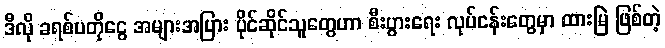
ဒီလို ခရစ်ပတိုငွေ အများအပြား ပိုင်ဆိုင်သူတွေဟာ စီးပွားရေး လုပ်ငန်းတွေမှာ ထားမြဲ ဖြစ်တဲ့